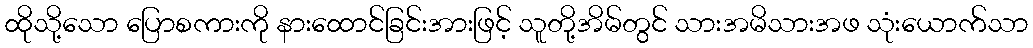
ထိုသို့သော ပြောစကားကို နားထောင်ခြင်းအားဖြင့် သူတို့အိမ်တွင် သားအမိသားအဖ သုံးယောက်သာ